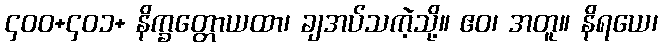
၄၀၀+၄၀၁+ နိက္ခတ္တောယထာ၊ ချအပ်သကဲ့သို့။ ဧဝ၊ အတူ။ နိရယေ၊